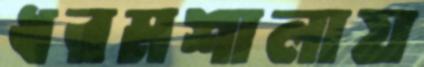
ধরমশালায়